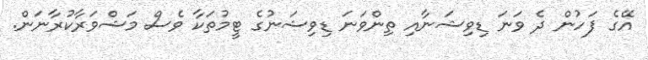
އޭގެ ފަހުން ދެ ވަނަ ޑިވިޝަނާއި ތިންވަނަ ޑިވިޝަނުގެ ޓީމުތަކާ ވެސް މަޝްވަރާކުރާނަން.